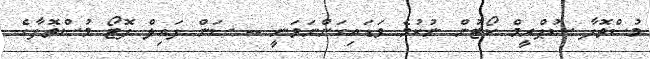
މުސްތޮފާ ސުޕްރީމް ކޯޓުން ނުކުމެ ވަޑައިގަންނަވަނީ -- ސަން ފައިލް ފޮޓޯ މުސްތޮފާގެ